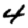
Digit: 4